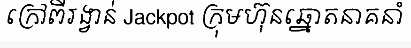
ក្រៅពីរង្វាន់ Jackpot ក្រុមហ៊ុនឆ្នោតនាគនាំ